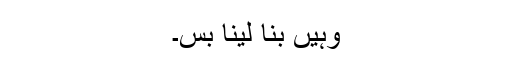
وہیں بنا لینا بس۔